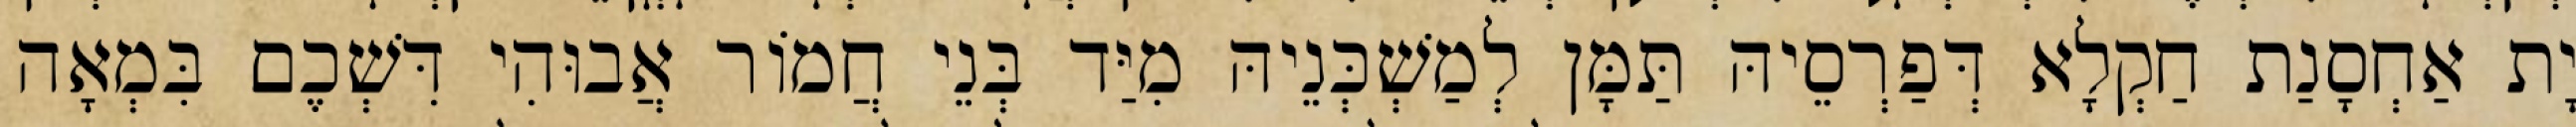
יָת אַחְסָנַת חַקְלָא דְּפַרְסֵיהּ תַּמָּן לְמַשְׁכְּנֵיהּ מִיַּד בְּנֵי חֲמוֹר אֲבוּהִי דִּשְׁכֶם בִּמְאָה